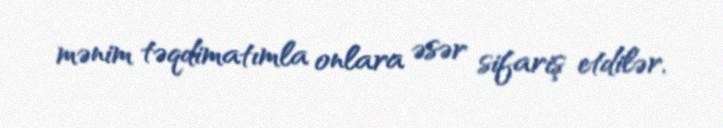
mənim təqdimatımla onlara əsər sifariş etdilər.